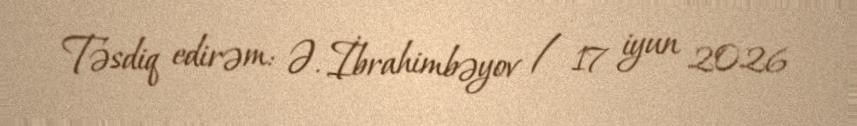
Təsdiq edirəm: Ə. İbrahimbəyov / 17 iyun 2026